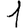
Digit: 1